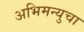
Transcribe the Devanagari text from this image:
अभिमन्युचा